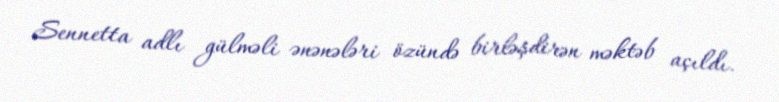
Sennetta adlı gülməli ənənələri özündə birləşdirən məktəb açıldı.